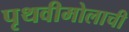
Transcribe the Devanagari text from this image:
पृथवीमोलाची